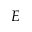
E